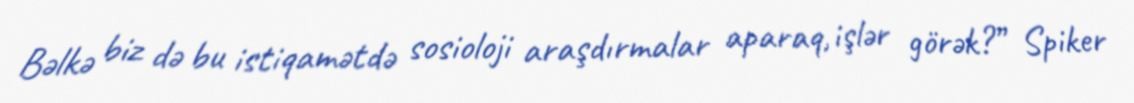
Bəlkə biz də bu istiqamətdə sosioloji araşdırmalar aparaq, işlər görək?” Spiker